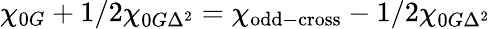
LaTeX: \chi_{0G}+1/2\chi_{0G\Delta^{2}}=\chi_{\mathrm{odd-cross}}-1/2\chi_{0G\Delta^{2}}